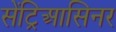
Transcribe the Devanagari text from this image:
सेंट्रिआसिनर